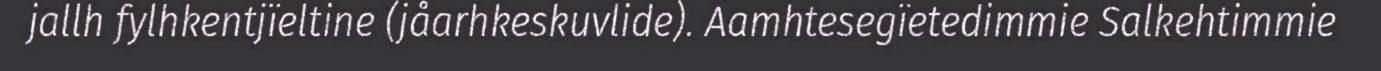
jallh fylhkentjïeltine (jåarhkeskuvlide). Aamhtesegïetedimmie Salkehtimmie